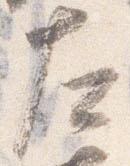
左